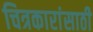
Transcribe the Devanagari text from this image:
चित्रकारांसाठी